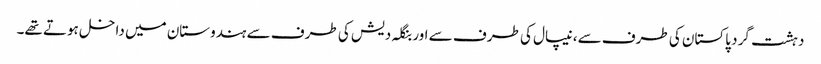
دہشت گرد پاکستان کی طرف سے، نیپال کی طرف سے اور بنگلہ دیش کی طرف سے ہندوستان میں داخل ہوتے تھے۔